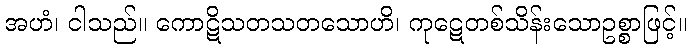
အဟံ၊ ငါသည်။ ကောဋိသတသတသောဟိ၊ ကုဋေတစ်သိန်းသောဥစ္စာဖြင့်။